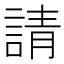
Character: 請